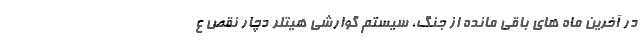
در آخرین ماه های باقی مانده از جنگ، سیستم گوارشی هیتلر دچار نقص ع